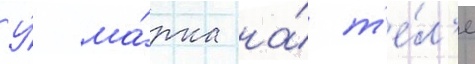
У́ ма́рка на́ т'е́л'е